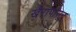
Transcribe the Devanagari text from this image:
खैरापासून